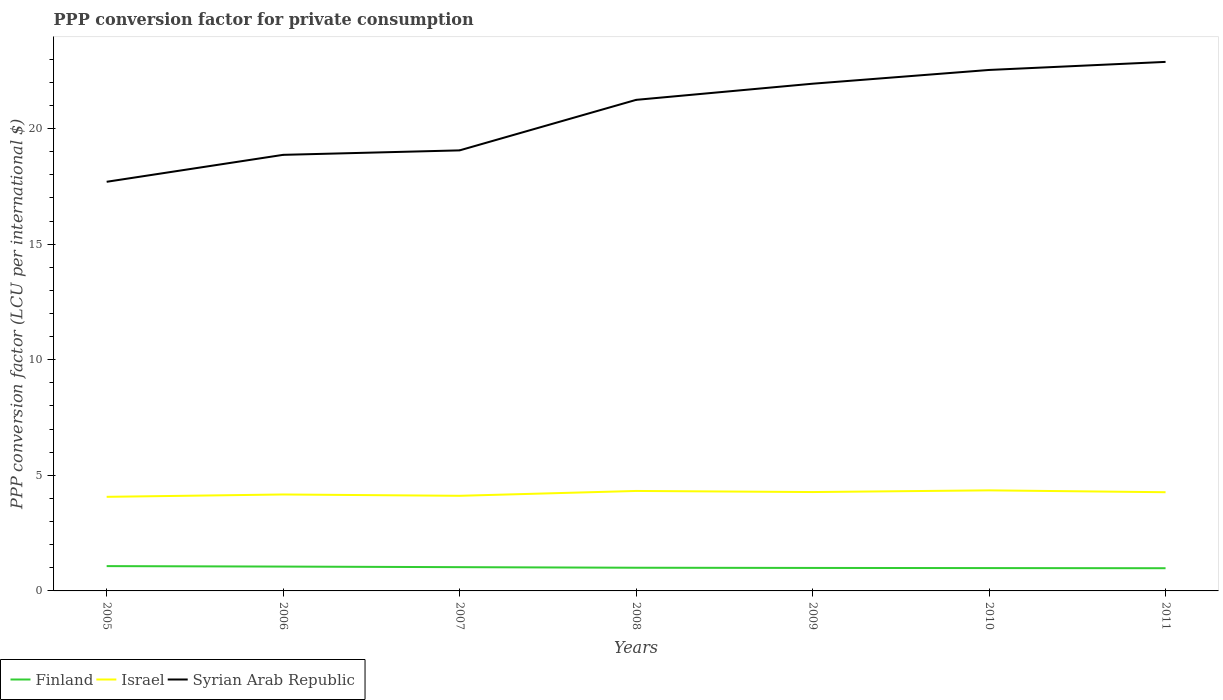
| Years | Finland | Israel | Syrian Arab Republic |
 | --- | --- | --- | --- |
 | 2005 | 1.07 | 4.07 | 17.7 |
 | 2006 | 1.05 | 4.17 | 18.9 |
 | 2007 | 1.03 | 4.12 | 19.1 |
 | 2008 | 1 | 4.32 | 21.2 |
 | 2009 | 0.994 | 4.28 | 21.9 |
 | 2010 | 0.988 | 4.35 | 22.5 |
 | 2011 | 0.982 | 4.27 | 22.9 |